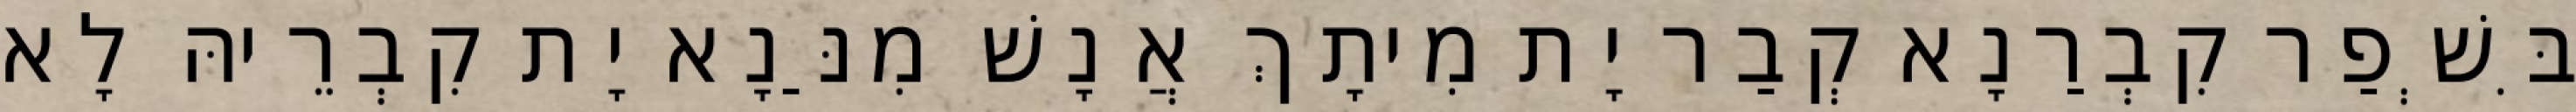
בִּשְׁפַר קִבְרַנָא קְבַר יָת מִיתָךְ אֲנָשׁ מִנַּנָא יָת קִבְרֵיהּ לָא